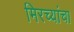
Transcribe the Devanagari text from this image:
मिरच्यांचा